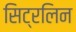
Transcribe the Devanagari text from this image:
सिट्रलिन